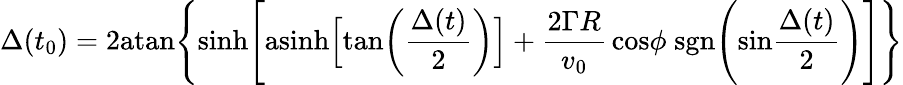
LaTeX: \Delta(t_{0})=2\mathrm{atan}\Bigg\{ \mathrm{sinh}\Bigg[\mathrm{asinh}\Big[\mathrm{tan}\bigg({\frac{\Delta(t)}{2}}\bigg)\Big]+{\frac{2\Gamma R}{v_{0}}}\, \mathrm{cos}\phi\; \mathrm{sgn}\Bigg(\mathrm{sin}{\frac{\Delta(t)}{2}}\Bigg)\Bigg]\Bigg\}